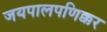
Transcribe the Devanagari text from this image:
जयपालपणिक्कर